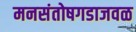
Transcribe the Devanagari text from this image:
मनसंतोषगडाजवळ